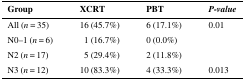
<table><thead><tr><td><b>Group</b></td><td><b>XCRT</b></td><td><b>PBT</b></td><td><b><i>P-value</i></b></td></tr></thead><tbody><tr><td>All (<i>n</i> = 35)</td><td>16 (45.7%)</td><td>6 (17.1%)</td><td>0.01</td></tr><tr><td>N0–1 (<i>n</i> = 6)</td><td>1 (16.7%)</td><td>0 (0.0%)</td><td></td></tr><tr><td>N2 (<i>n</i> = 17)</td><td>5 (29.4%)</td><td>2 (11.8%)</td><td></td></tr><tr><td>N3 (<i>n</i> = 12)</td><td>10 (83.3%)</td><td>4 (33.3%)</td><td>0.013</td></tr></tbody></table>